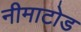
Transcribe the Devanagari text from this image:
नीमाटोड